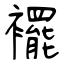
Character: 襬